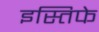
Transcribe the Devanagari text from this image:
इस्तिफे